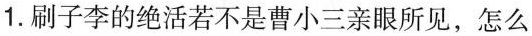
1.刷子李的绝活若不是曹小三亲眼所见，怎么